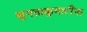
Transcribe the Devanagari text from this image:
सुगताकुमारींना